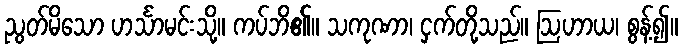
ညွတ်မိသော ဟင်္သာမင်းသို့။ ကပ်ဘိ၏။ သကုဏာ၊ ငှက်တို့သည်။ ဩဟာယ၊ စွန့်၍။